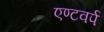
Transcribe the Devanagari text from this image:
एण्टवर्प